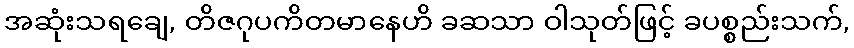
အဆုံးသရချေ, တိဇဂုပကိတမာနေဟိ ခဆသာ ဝါသုတ်ဖြင့် ခပစ္စည်းသက်,